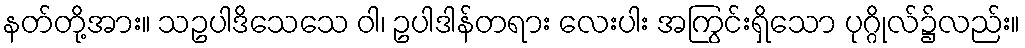
နတ်တို့အား။ သဥပါဒိသေသေ ဝါ၊ ဥပါဒါန်တရား လေးပါး အကြွင်းရှိသော ပုဂ္ဂိုလ်၌လည်း။